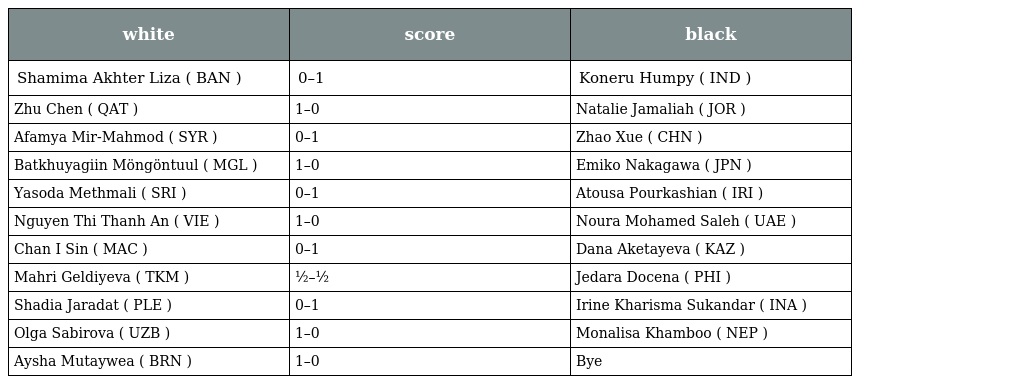
| white | score | black |
 | --- | --- | --- |
 | Shamima Akhter Liza ( BAN ) | 0–1 | Koneru Humpy ( IND ) |
 | Zhu Chen ( QAT ) | 1–0 | Natalie Jamaliah ( JOR ) |
 | Afamya Mir-Mahmod ( SYR ) | 0–1 | Zhao Xue ( CHN ) |
 | Batkhuyagiin Möngöntuul ( MGL ) | 1–0 | Emiko Nakagawa ( JPN ) |
 | Yasoda Methmali ( SRI ) | 0–1 | Atousa Pourkashian ( IRI ) |
 | Nguyen Thi Thanh An ( VIE ) | 1–0 | Noura Mohamed Saleh ( UAE ) |
 | Chan I Sin ( MAC ) | 0–1 | Dana Aketayeva ( KAZ ) |
 | Mahri Geldiyeva ( TKM ) | ½–½ | Jedara Docena ( PHI ) |
 | Shadia Jaradat ( PLE ) | 0–1 | Irine Kharisma Sukandar ( INA ) |
 | Olga Sabirova ( UZB ) | 1–0 | Monalisa Khamboo ( NEP ) |
 | Aysha Mutaywea ( BRN ) | 1–0 | Bye |